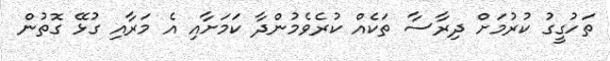
ތަހުގީގު ކުރުމަށް ދިރާސާ ތަކެއް ކުރެވެމުންދާ ކަމަށާއި އެ މަރާއި ގުޅޭ ގޮތުން